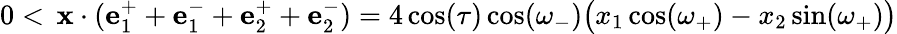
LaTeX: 0<\, \mathbf{x}\cdot(\mathbf{e}_{1}^{+}+\mathbf{e}_{1}^{-}+\mathbf{e}_{2}^{+}+\mathbf{e}_{2}^{-})=4\cos(\tau)\cos(\omega_{-})\big(x_{1}\cos(\omega_{+})-x_{2}\sin(\omega_{+})\big)